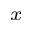
_ x